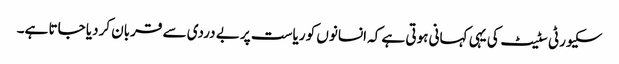
سکیورٹی سٹیٹ کی یہی کہانی ہوتی ہے کہ انسانوں کو ریاست پر بے دردی سے قربان کردیا جاتا ہے۔